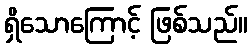
ရှိသောကြောင့် ဖြစ်သည်။